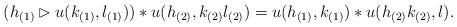
LaTeX: \begin{align*} (h_{(1)} \rhd u(k_{(1)},l_{(1)}))*u(h_{(2)},k_{(2)}l_{(2)}) = u(h_{(1)},k_{(1)}) * u(h_{(2)}k_{(2)},l).\end{align*}